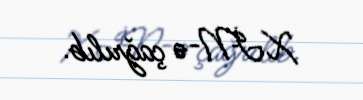
XİN-ə çağrılıb.